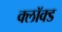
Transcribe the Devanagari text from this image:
क्लॉक्ड